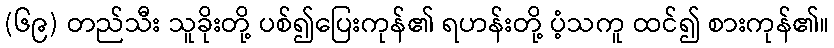
(၆၉) တည်သီး သူခိုးတို့ ပစ်၍ပြေးကုန်၏ ရဟန်းတို့ ပံ့သကူ ထင်၍ စားကုန်၏။